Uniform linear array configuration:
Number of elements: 12
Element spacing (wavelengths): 0.25
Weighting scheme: binomial
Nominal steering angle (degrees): -45
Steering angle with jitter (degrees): -45.241
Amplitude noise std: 0.05
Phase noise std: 0.05

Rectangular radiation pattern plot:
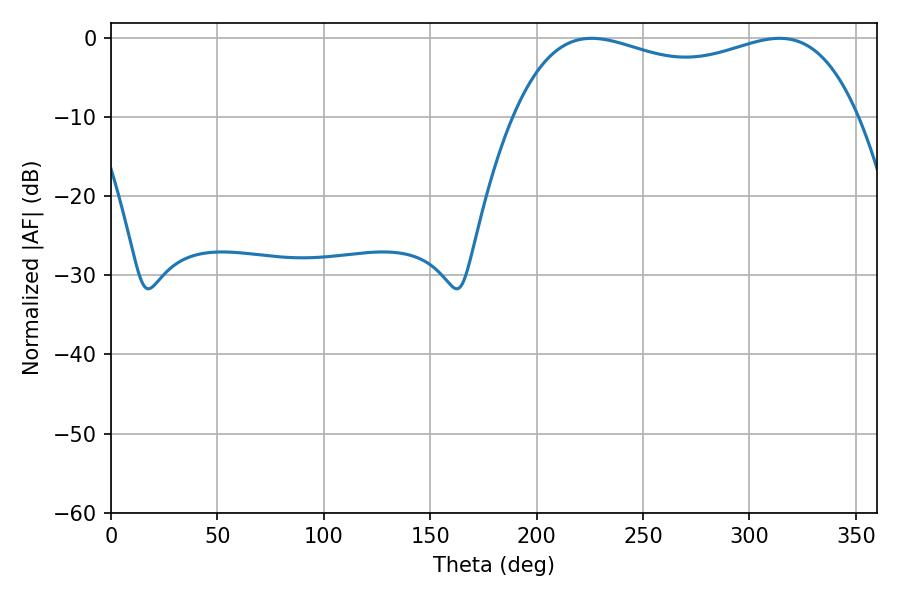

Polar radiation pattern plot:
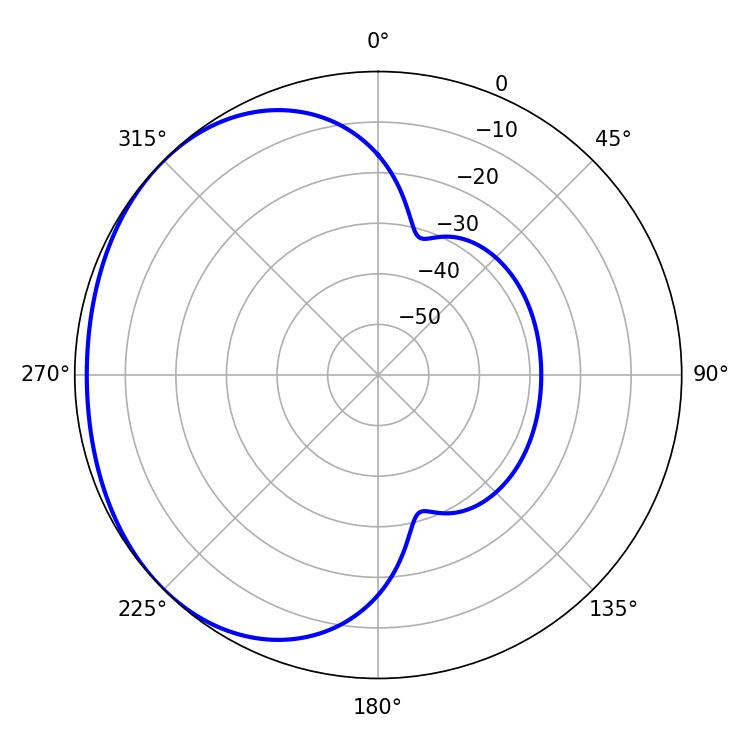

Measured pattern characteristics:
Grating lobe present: FALSE
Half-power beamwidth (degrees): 132.48
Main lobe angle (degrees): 225.9